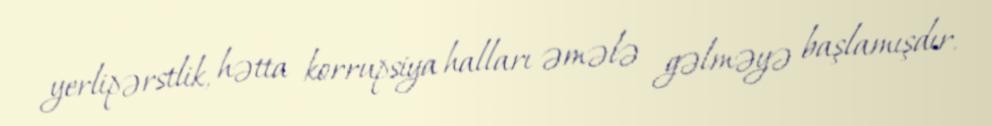
yerlipərstlik, hətta korrupsiya halları əmələ gəlməyə başlamışdır.